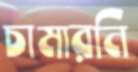
চামারনি